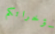
مؤخراتكم